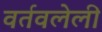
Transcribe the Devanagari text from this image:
वर्तवलेली